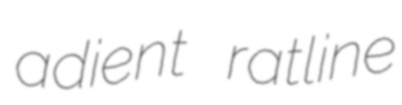
adient ratline